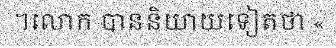
។លោក បាននិយាយទៀតថា «